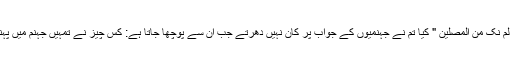
قالوا: لم نک من المصلین " کیا تم نے جہنمیوں کے جواب پر کان نہیں دھرتے جب ان سے پوچھا جاتا ہے: کس چیز نے تمہیں جہنم میں پہنچایا؟